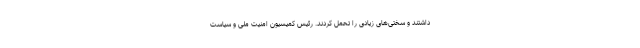
داشتند و سختی‌های زیادی را تحمل کردند. رئیس کمیسیون امنیت ملی و سیاست